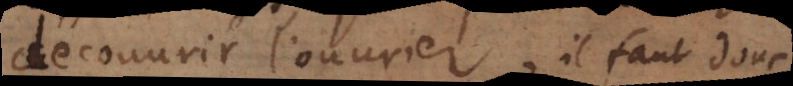
découvrir l’ouvrier, il faut donc